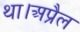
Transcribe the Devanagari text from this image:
था।अप्रैल